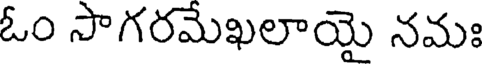
ఓం సాగరమేఖలాయై నమః